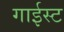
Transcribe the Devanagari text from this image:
गाईस्ट